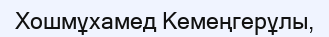
Хошмұхамед Кемеңгерұлы,